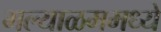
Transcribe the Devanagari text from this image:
मल्याळममध्ये